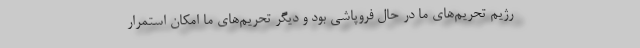
رژیم تحریم‌های ما در حال فروپاشی بود و دیگر تحریم‌های ما امکان استمرار